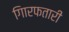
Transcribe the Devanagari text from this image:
गिारफतारी